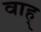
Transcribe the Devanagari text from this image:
वाह्‌